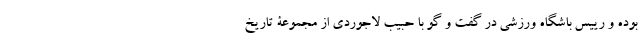
بوده و رییس باشگاه ورزشی در گفت و گو با حبیب لاجوردی از مجموعۀ تاریخ